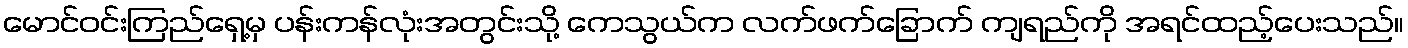
မောင်ဝင်းကြည်ရှေ့မှ ပန်းကန်လုံးအတွင်းသို့ ကေသွယ်က လက်ဖက်ခြောက် ကျရည်ကို အရင်ထည့်ပေးသည်။